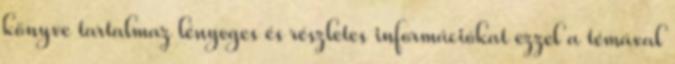
könyve tartalmaz lényeges és részletes információkat ezzel a témával